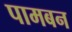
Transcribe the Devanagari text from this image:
पामबन